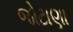
જોટાણા